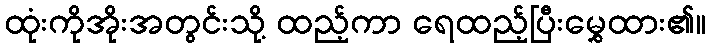
ထုံးကိုအိုးအတွင်းသို့ ထည့်ကာ ရေထည့်ပြီးမွှေထား၏။